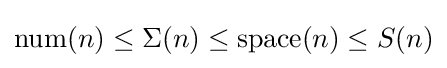
{\text{num}}(n)\leq \Sigma (n)\leq {\text{space}}(n)\leq S(n)